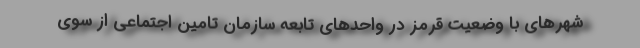
شهرهای با وضعیت قرمز در واحدهای تابعه سازمان تامین اجتماعی از سوی